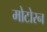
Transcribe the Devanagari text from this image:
मोटोरन